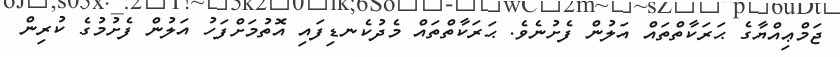
ޖަމްޢިއްޔާގެ ޙަރަކާތްތައް އަލުން ފެށުނެވެ. ޙަރަކާތްތައް މެދުކެނޑިފައި އޮތުމަށްފަހު އަލުން ފެށުމުގެ ކުރިން